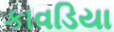
કાવડિયા